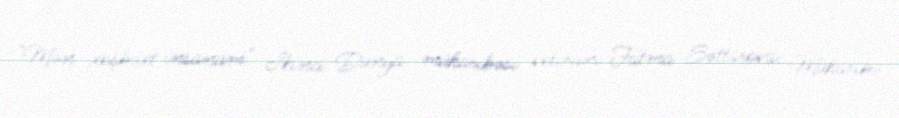
"Mən xoşbəxt insanam" İkinci Dünya müharibəsi veteranı Fatma Səttarova: Müharibə